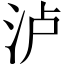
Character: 泸